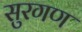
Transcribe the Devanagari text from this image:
सुरगण